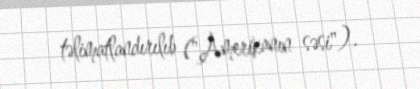
təlimatlandırılıb ("Amerikanın səsi").